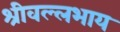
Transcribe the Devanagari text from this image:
श्रीवल्लभाय